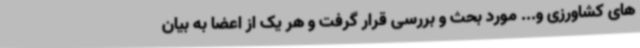
های کشاورزی و... مورد بحث و بررسی قرار گرفت و هر یک از اعضا به بیان